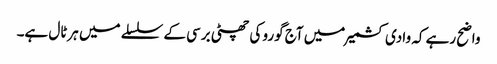
واضح رہے کہ وادی کشمیر میں آج گورو کی چھٹی برسی کے سلسلے میں ہرٹال ہے۔